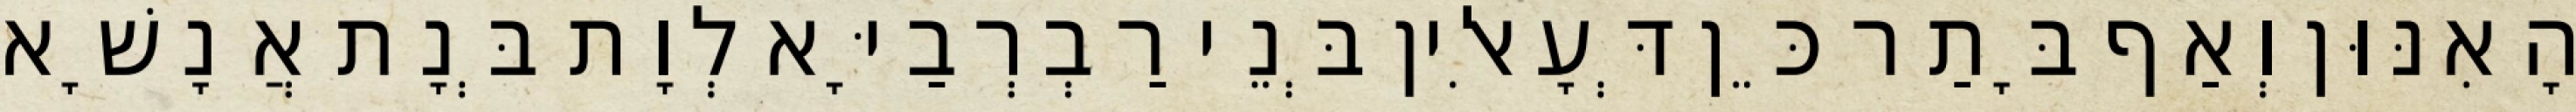
הָאִנּוּן וְאַף בָּתַר כֵּן דְּעָאלִין בְּנֵי רַבְרְבַיָּא לְוָת בְּנָת אֲנָשָׁא